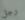
رجل